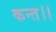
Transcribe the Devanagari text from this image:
कन्‍त।।